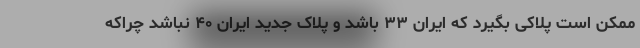
ممکن است پلاکی بگیرد که ایران ۳۳ باشد و پلاک جدید ایران ۴۰ نباشد چراکه